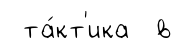
та́кт'ика в